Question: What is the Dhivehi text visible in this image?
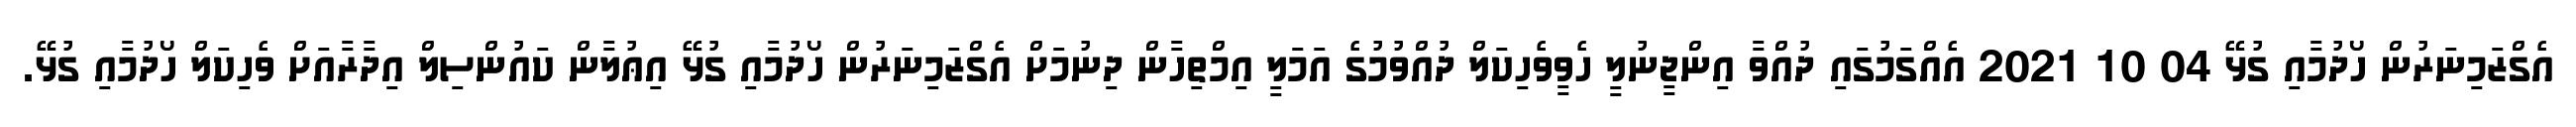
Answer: އެގްޒަމިނަރުން ހޯދުމާއި ގުޅޭ 04 10 2021 އެއްގަމުގައި ދުއްވާ އިންޖީނުލީ ހެވީވެހިކަލް ދުއްވުމުގެ އަމަލީ އިމްތިހާން ދިނުމަށް އެގްޒަމިނަރުން ހޯދުމާއި ގުޅޭ އިޢުލާން ކައުންސިލް އިދާރާއަށް ވެހިކަލް ހޯދުމާއި ގުޅޭ.